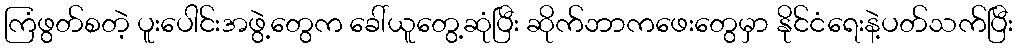
ကြံဖွတ်စတဲ့ ပူးပေါင်းအဖွဲ့တွေက ခေါ်ယူတွေ့ဆုံပြီး ဆိုက်ဘာကဖေးတွေမှာ နိုင်ငံရေးနဲ့ပတ်သက်ပြီး